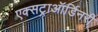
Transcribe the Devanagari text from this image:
एक्सट्राऑर्डिनरी